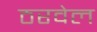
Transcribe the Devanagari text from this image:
ठरवेल